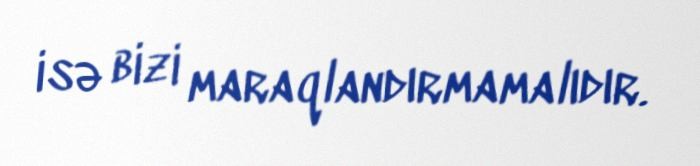
isə bizi maraqlandırmamalıdır.